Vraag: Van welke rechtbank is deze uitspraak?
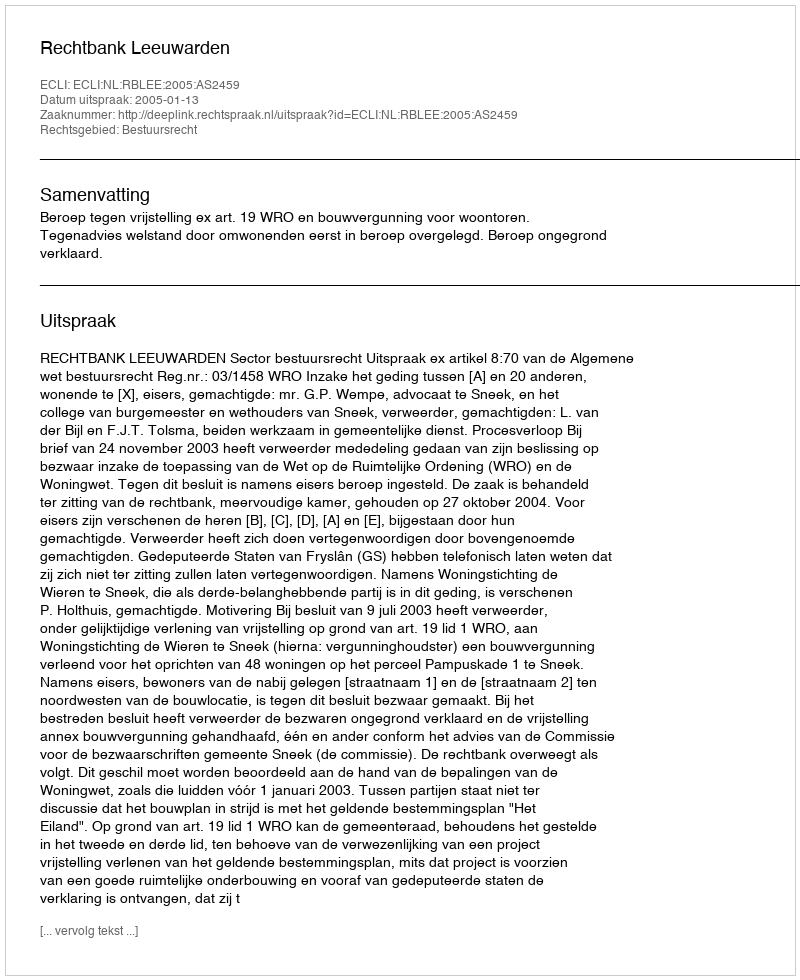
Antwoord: Rechtbank Leeuwarden